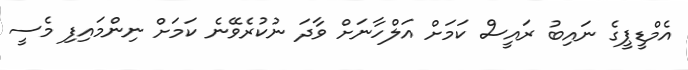
އެމްޑީޕީގެ ނައިބު ރައީސް ކަމަށް އަލްހާނަށް ވާދަ ނުކުރެވޭނެ ކަމަށް ނިންމައިފި މެސީ